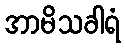
အာမိသခါရံ